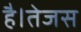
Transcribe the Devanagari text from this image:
है।तेजस